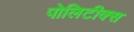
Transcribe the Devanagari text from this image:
पोलिटीक्स